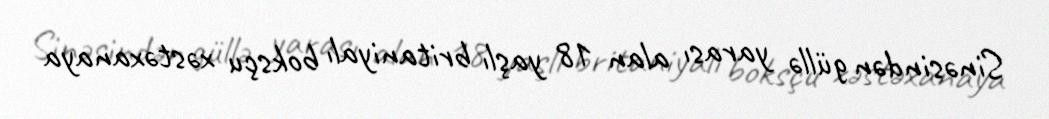
Sinəsindən güllə yarası alan 18 yaşlı britaniyalı boksçu xəstəxanaya